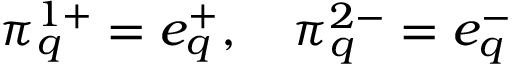
\pi _ { q } ^ { 1 + } = e _ { q } ^ { + } , \quad \pi _ { q } ^ { 2 - } = e _ { q } ^ { - }